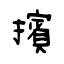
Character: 擯